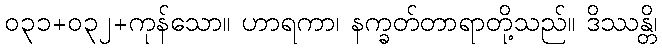
၀၃၁+၀၃၂+ကုန်သော။ ဟာရကာ၊ နက္ခတ်တာရာတို့သည်။ ဒိဿန္တိ၊